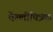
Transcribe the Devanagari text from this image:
वेल्लीचित्रक